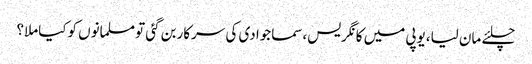
چلئے مان لیا،یوپی میں کانگریس،سماجوادی کی سرکاربن گئی تومسلمانوں کوکیاملا؟